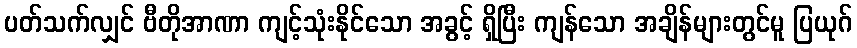
ပတ်သက်လျှင် ဗီတိုအာဏာ ကျင့်သုံးနိုင်သော အခွင့် ရှိပြီး ကျန်သော အချိန်များတွင်မူ ပြယုဂ်